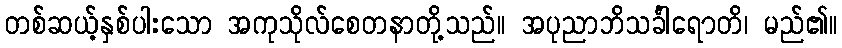
တစ်ဆယ့်နှစ်ပါးသော အကုသိုလ်စေတနာတို့သည်။ အပုညာဘိသင်္ခါရောတိ၊ မည်၏။